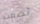
تصمت